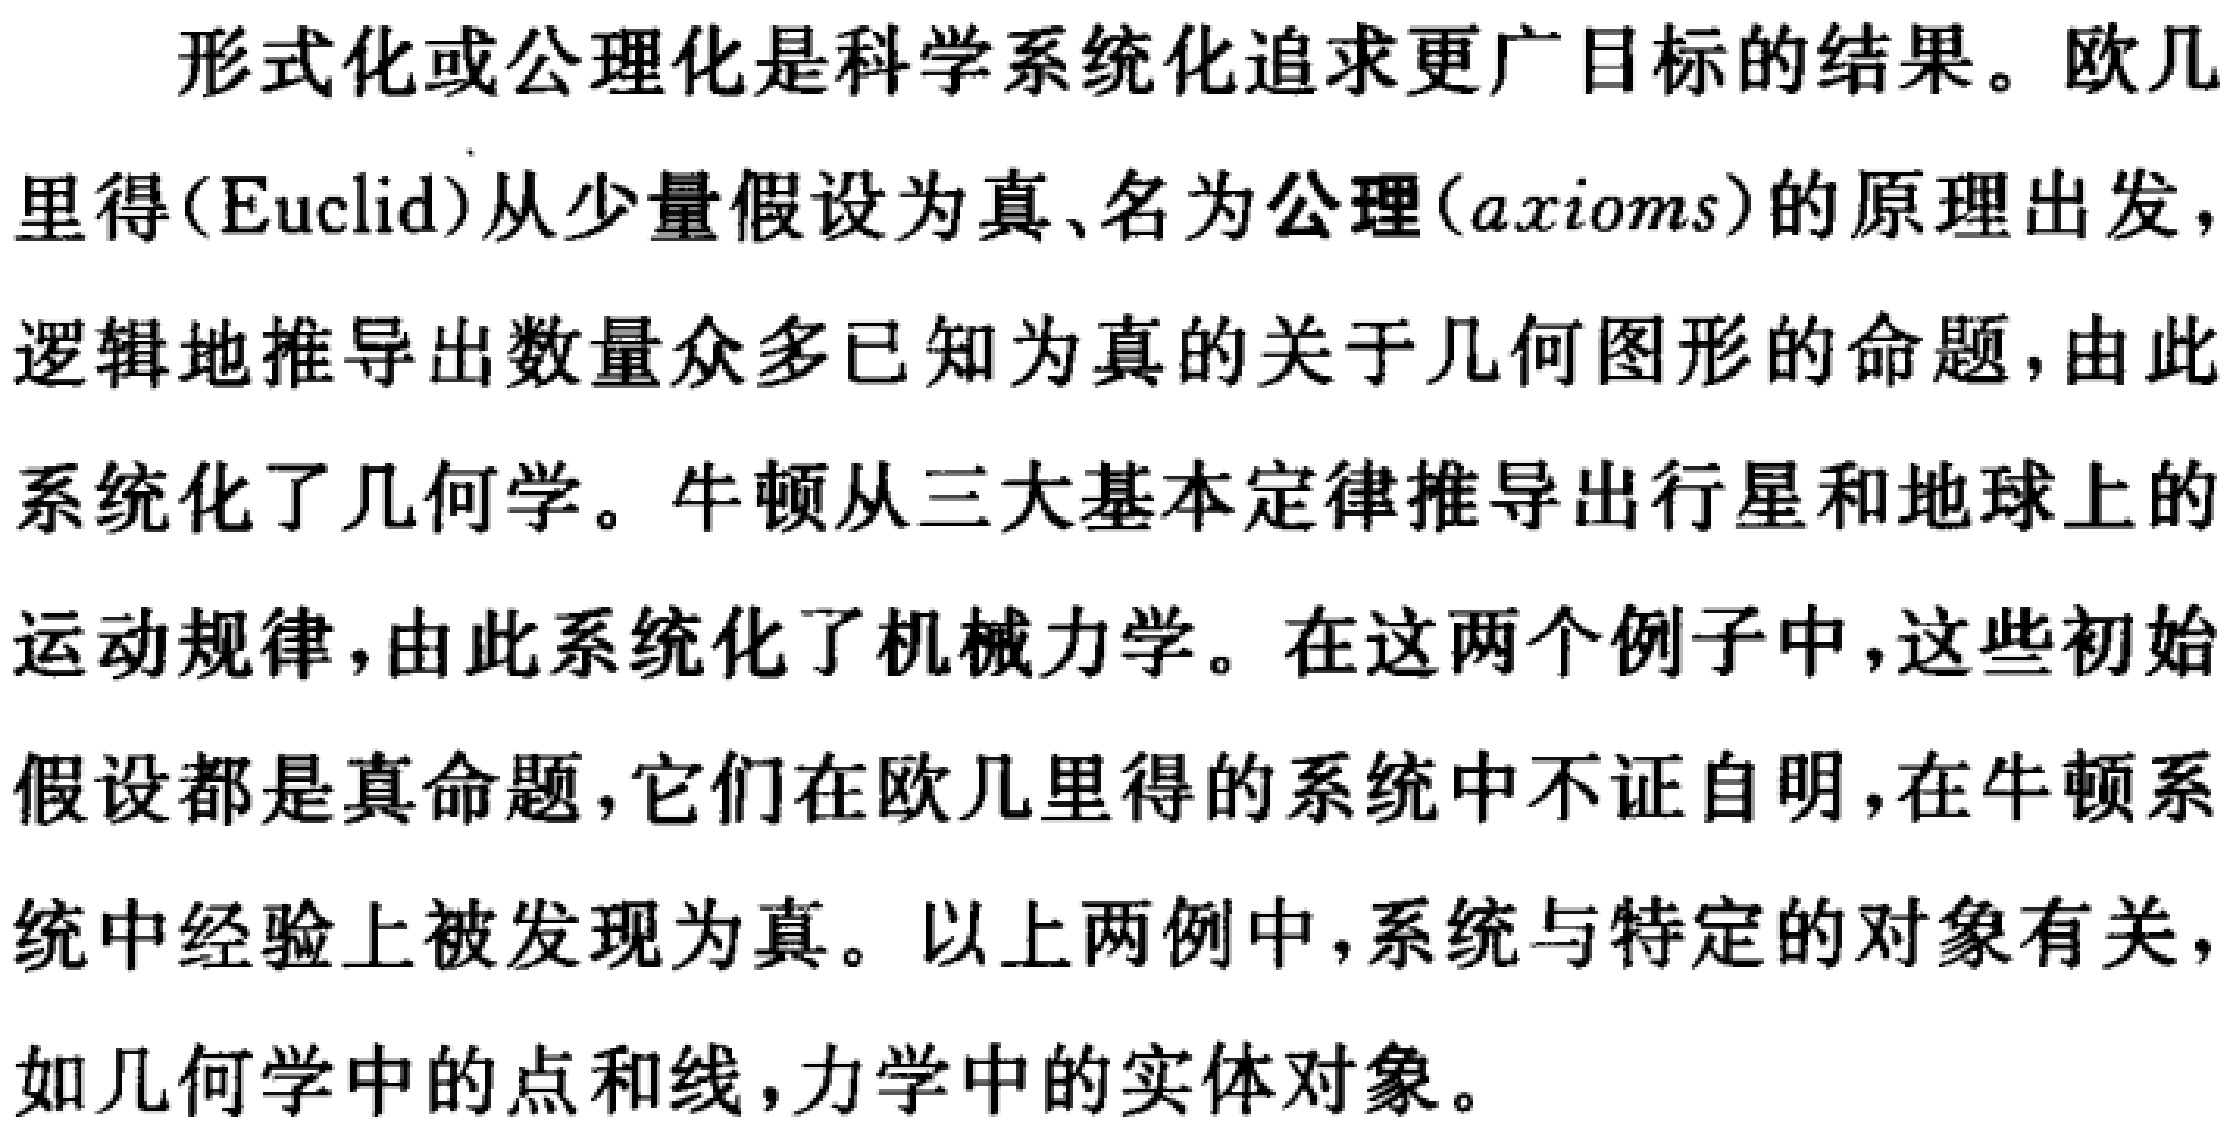
形式化或公理化是科学系统化追求更广目标的结果。欧几里得(Euclid)从少量假设为真、名为公理(axioms)的原理出发，逻辑地推导出数量众多已知为真的关于几何图形的命题，由此系统化了几何学。牛顿从三大基本定律推导出行星和地球上的运动规律，由此系统化了机械力学。在这两个例子中，这些初始假设都是真命题，它们在欧几里得的系统中不证自明，在牛顿系统中经验上被发现为真。以上两例中，系统与特定的对象有关，如几何学中的点和线，力学中的实体对象。